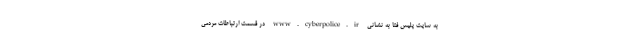
به سایت پلیس فتا به نشانی www.cyberpolice.ir در قسمت ارتباطات مردمی